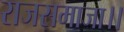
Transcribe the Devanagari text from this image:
राजसमाजा।।